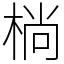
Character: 㭻